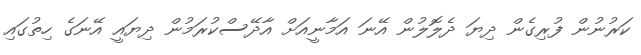
ކަރުނުން ފުރިގެން ދިޔަ ދެލޮލުން އޭނަ އަމާނީއަށް އާދޭސްކުރަމުން ދިޔައީ އޭނަގެ ހިތުގައި